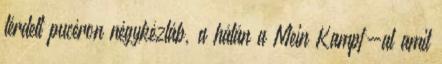
térdelt pucéron négykézláb, a hátán a Mein Kampf-al amit